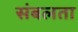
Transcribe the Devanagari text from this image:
संबलता